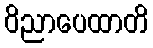
ဝိညာပေထာတိ